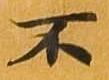
不